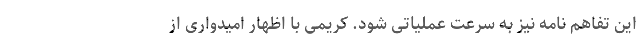
این تفاهم نامه نیز به سرعت عملیاتی شود. کریمی با اظهار امیدواری از